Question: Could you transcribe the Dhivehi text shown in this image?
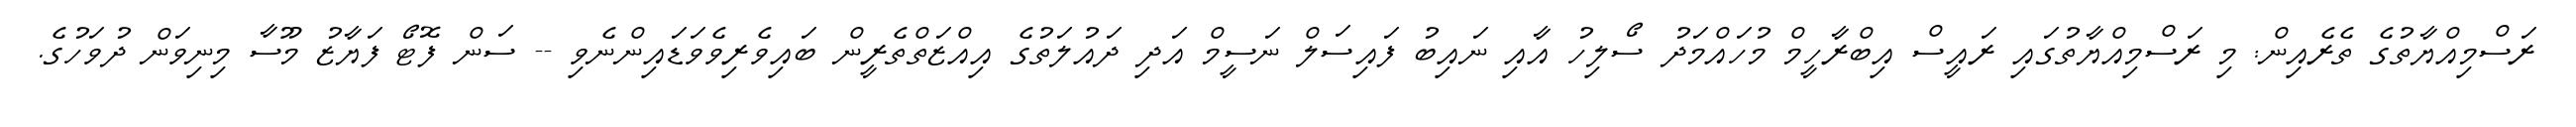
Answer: ރަސްމިއްޔާތުގެ ތެރެއިން: މި ރަސްމިއްޔާތުގައި ރައީސް އިބްރާހީމް މުހައްމަދު ސޯލިހު އާއި ނައިބު ފައިސަލް ނަސީމް އަދި ދައުލަތުގެ އިއްޒަތްތެރީން ބައިވެރިވެވަޑައިންނެވި -- ސަން ފޮޓޯ ފަޔާޒު މޫސާ މިނިވަން ދުވަހުގެ.